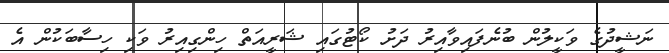
ނަޝީދުގެ ވަކީލުން ބުނެފައިވާއިރު ދަށު ކޯޓުގައި ޝަރީއަތް ހިންގިއިރު ވަކި ހިސާބަކުން އެ